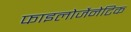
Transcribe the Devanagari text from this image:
फाइलोजैनेटिक